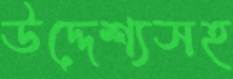
উদ্দেশ্যসহ